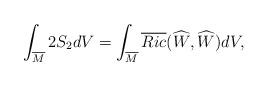
LaTeX: \begin{align*} \int_{\overline{M}}2S_{2}dV=\int_{\overline{M}}\overline{Ric}(\widehat{W},\widehat{W})dV,\end{align*}